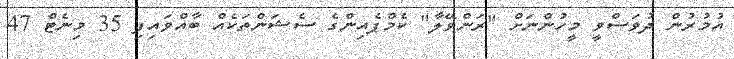
އުމުރުން ދުވަސްވީ މީހުންނަށް "ރަންވޭލާ" ކެމްޕެއިންގެ ސެޝަންތަކެއް ބާއްވައިފި 35 މިނެޓް 47